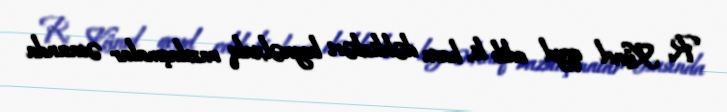
R. Künel qeyd edib ki, hava dəhlizləri beynəlxalq razılaşmalar əsasında